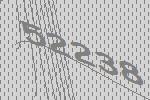
52238